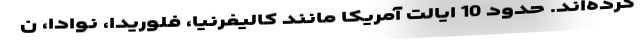
کرده‌اند. حدود 10 ایالت آمریکا مانند کالیفرنیا، فلوریدا، نوادا، ن